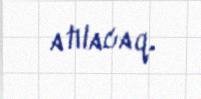
atılacaq.